Bréfritari: Stefanía Siggeirsdóttir
Viðtakandi: Páll Pálsson
Dagsetning: A-1864-09-28
Skrifað á: Hraungerði  Árn.
Stefanía var bróðurdóttir Páls Pálssonar

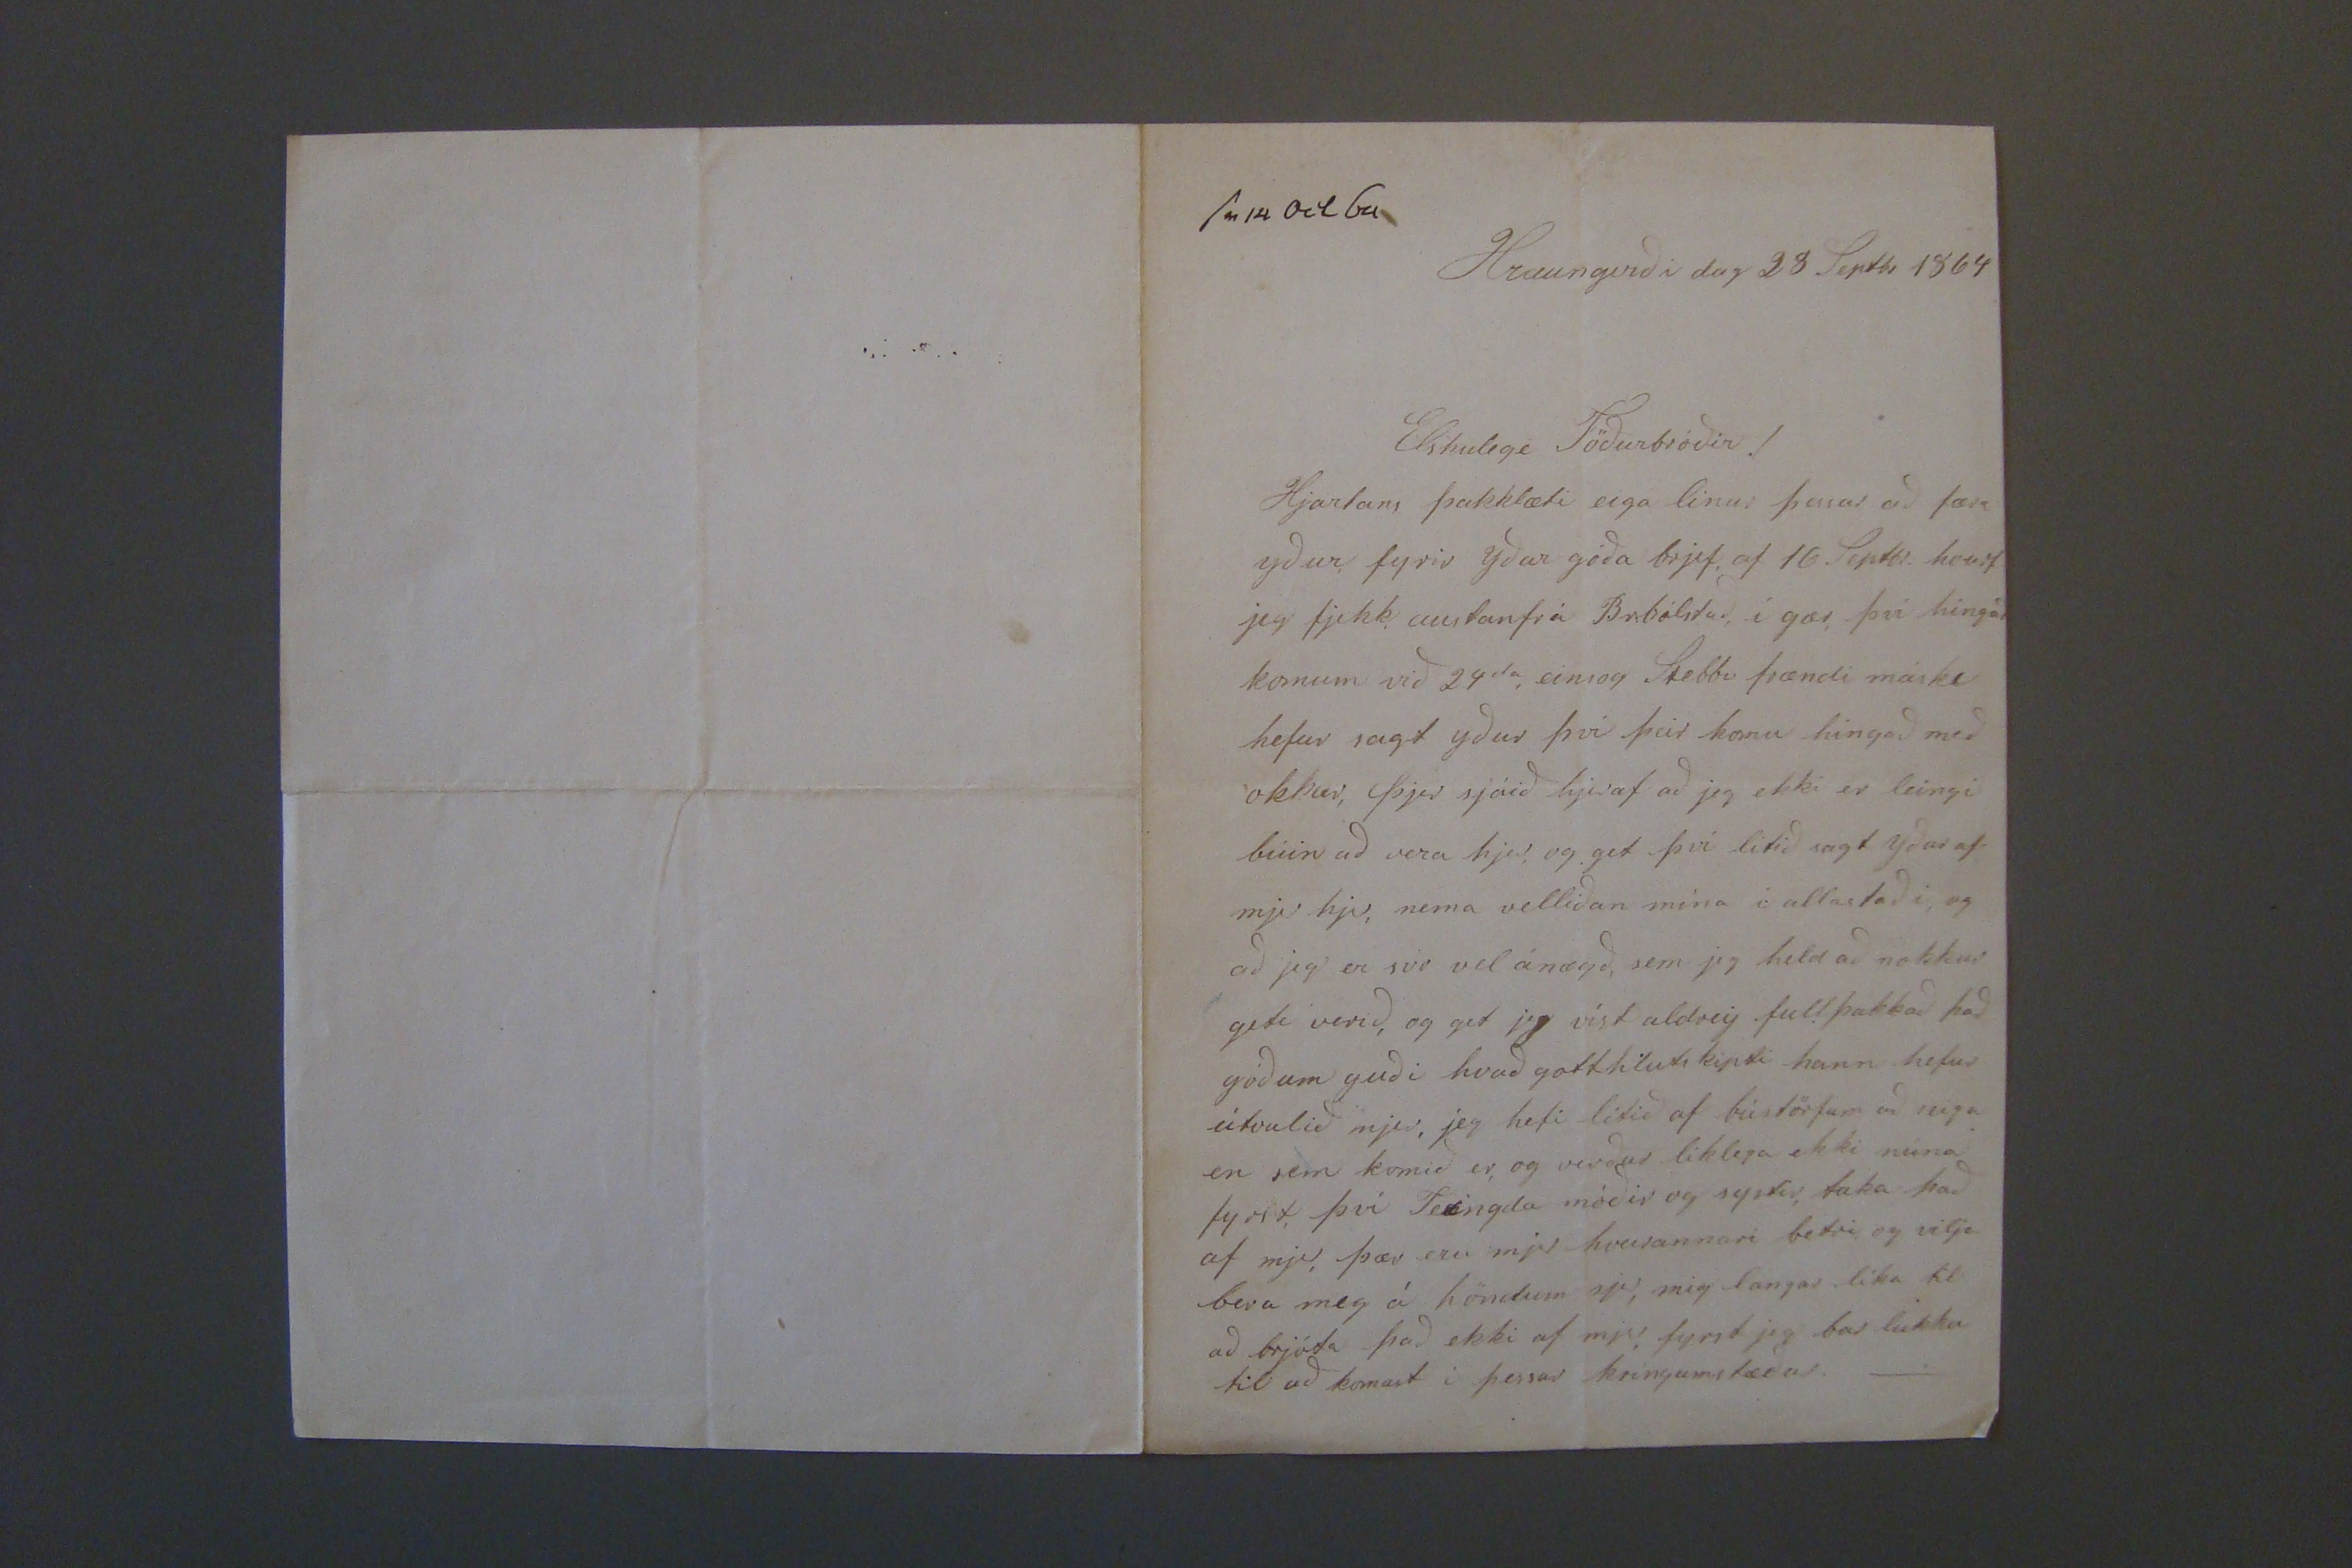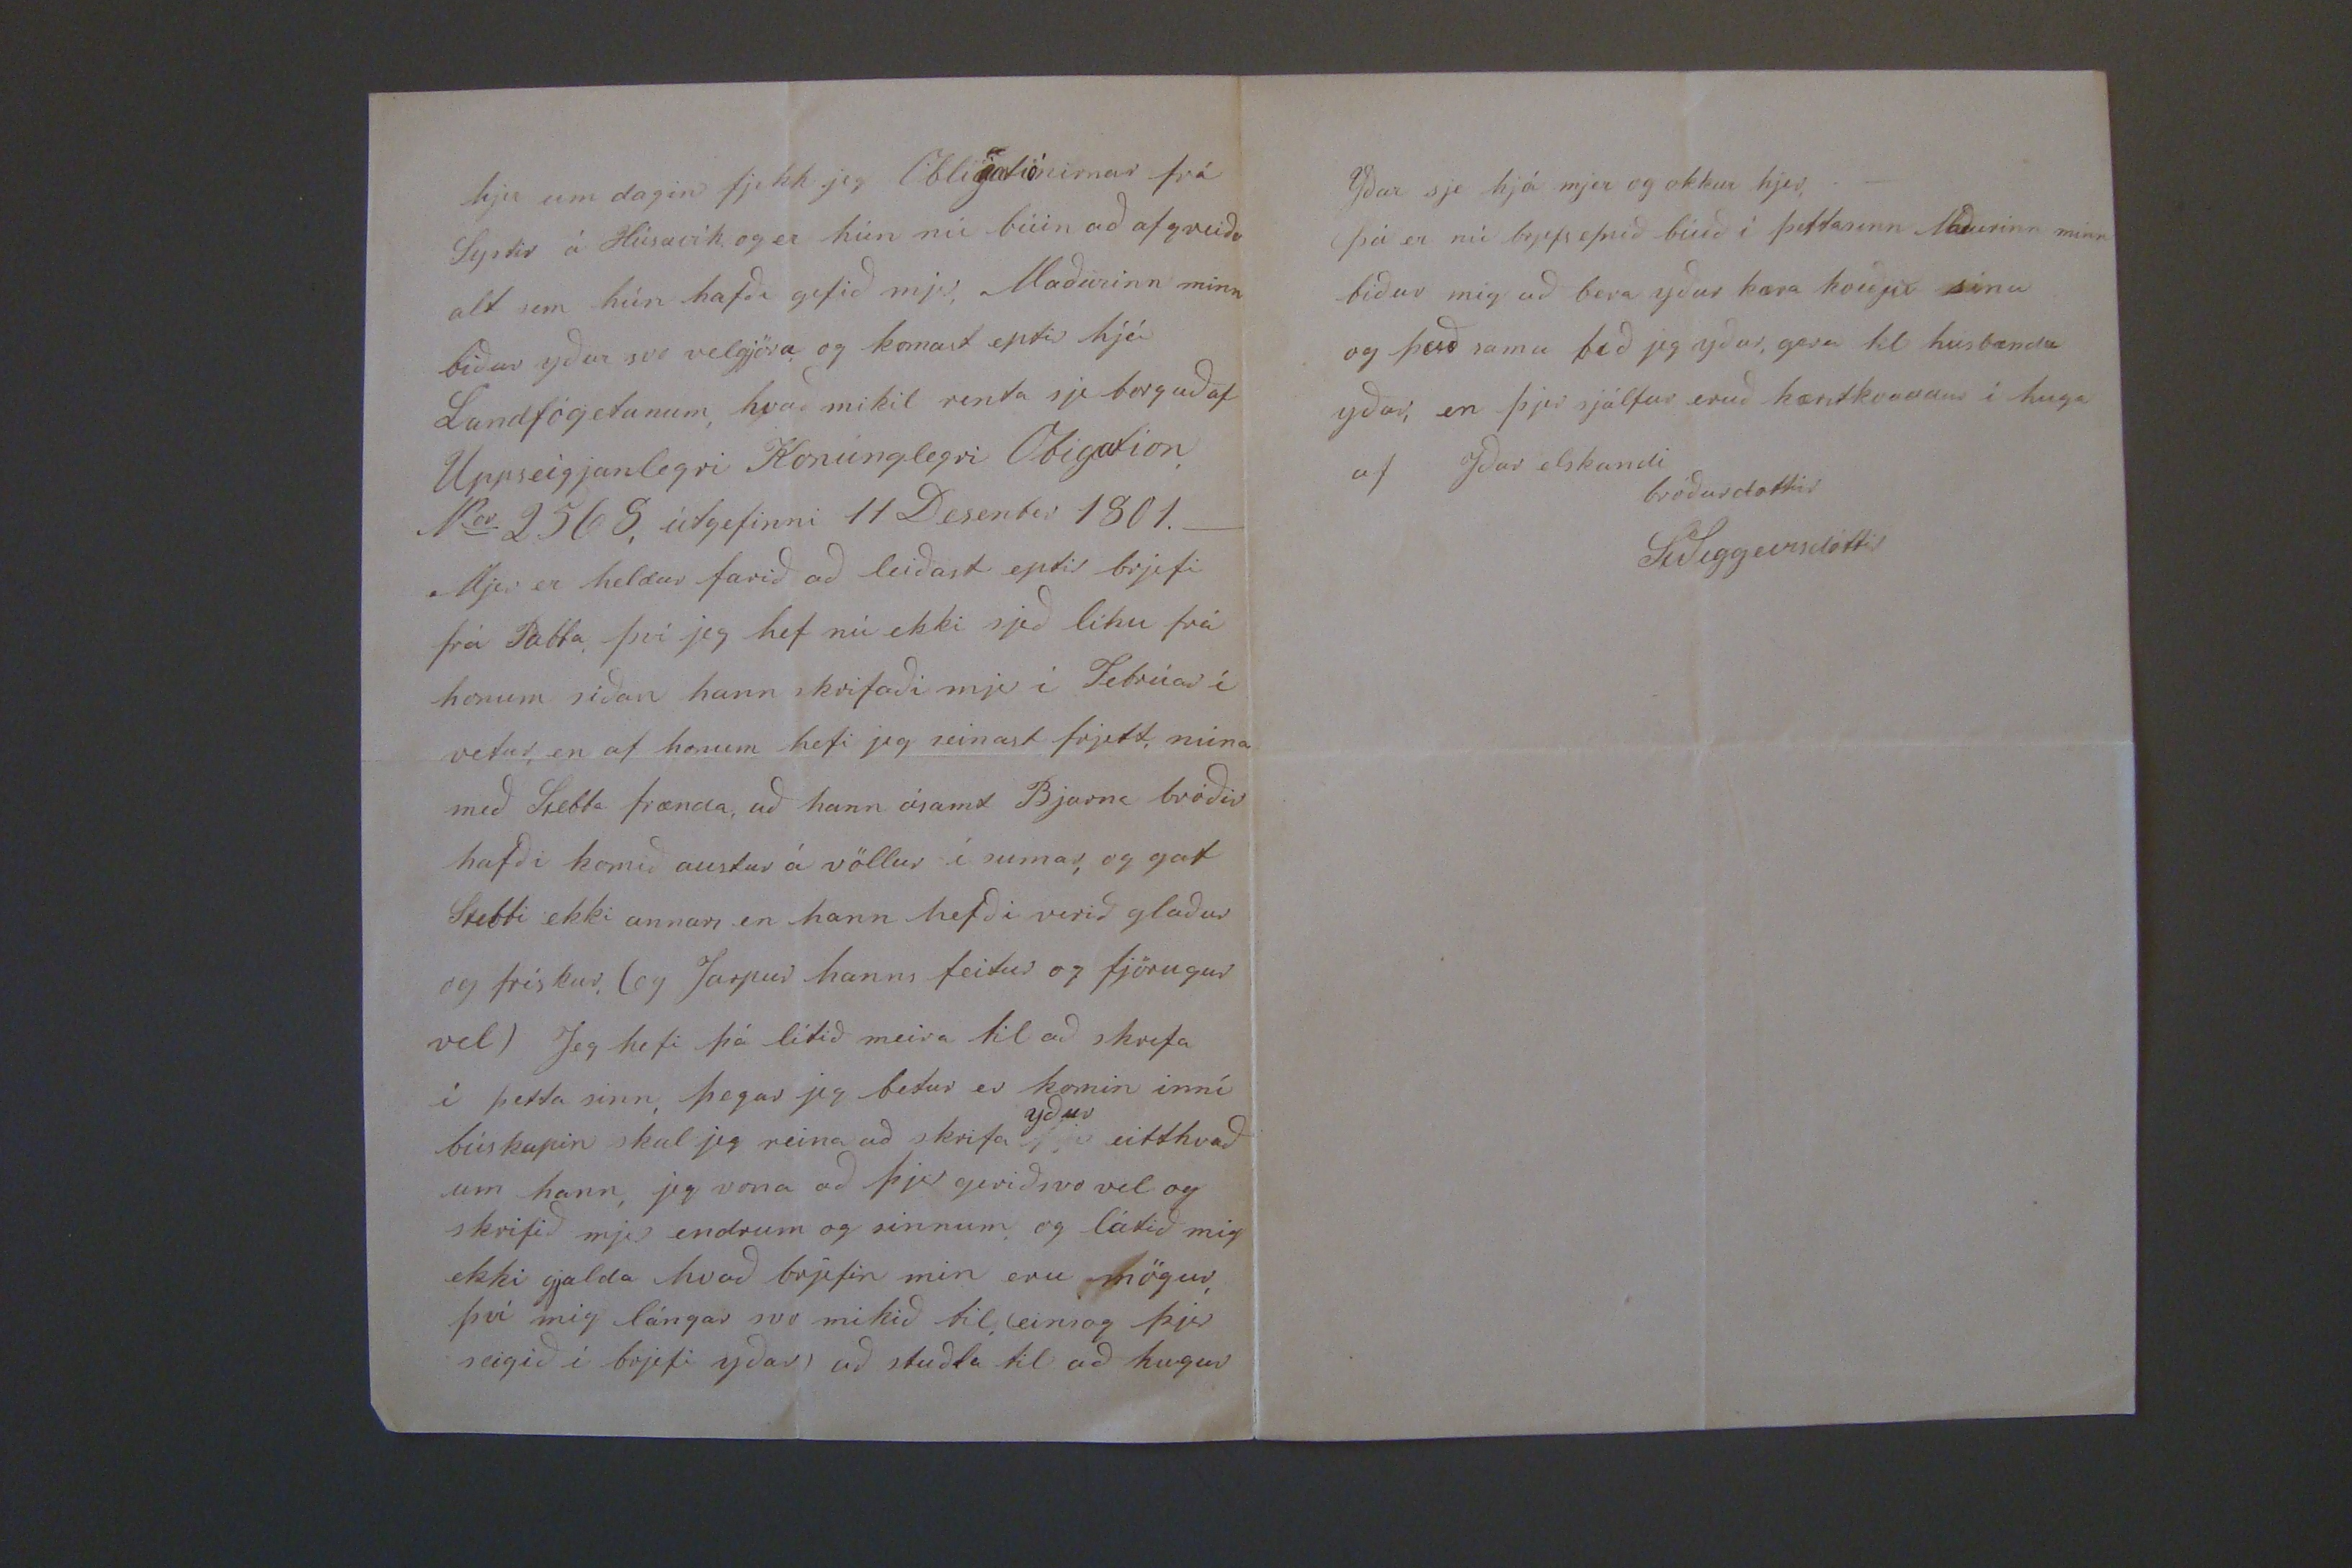

sv 14 Oct 64
Hraungerði dag 28 Septbr 1864
Elskulegi Föðurbróðir!
Hjartans þakklæti eiga linur þessar að færa yður fyrir yðar góða brjef, af 16 Septbr. hvurt jeg fjekk austan frá Br.bólstað í gær því hingað komum við 24
da
einsog Stebbi frændi máske hefur sagt yður því þeir komu híngað með okkur, þjer sjáið hjeraf að jeg ekki er leingi búin að vera hjer, og get því litið sagt yður af mjer hjer, nema velliðan mína i allastaði, og að jeg er svo vel ánægð, sem jeg held að nokkur geti verið og get jeg víst aldrey fullþakkað það góðum guði hvað gott hluti kipti hann hefur útvalið mjer, jeg hefi lítið af bústörfum að
eiga
en sem komið er, og verður liklega ekki núna fyrst, því Teingda móðir og systir taka það af mjer, þær eru mjer hvurannari betri og vilja bera mig á höndum sjer, mig langar líka til að brjóta það ekki af mjer, fyrst jeg bar lukku til að komast í þessar kringumstæður._
hjer um dagin fjekk jeg
Obligatiónirnar
frá systir á Húsavík og er hún nú búin að afgreiða alt sem hún hafði gefið mjer, Maðurinn minn biður yður svo velgjöra og komast eptir hjá Landfógetanum, hvað mikil renta sje borguð af Uppseigjanlegri Konúnglegri Obigation, Nov 2565, útgefinni 11 Desenber 1801._ Mjer er heldur farið að leiðast eptir brjefi frá Pabba því jeg hef nú ekki sjeð línu frá honum síðan hann skrifaði mjer í Febrúar í vetur, en af honum hefi jeg seinast frjett, núna með Stebba frænda, að hann ásamt Bjarna bróðir hafði komið austur á völlur í sumar, og gat Stebbi ekki annars en hann hefði verið glaður og frískur. ( og Jarpur hanns feitur og fjörugur vel) Jeg hefi þá lítið meira til að skrifa í þetta sinn, þegar jeg betur er komin inní búskapin skal jeg reina að skrifa
yður
eitthvað um hann, jeg vona að þjer gerið svo vel og skrifið mjer endrum og sinnum og látið mig ekki gjalda hvað brjefin min eru mögur því mig lángar svo mikið til (einsog þú seigið í brjefi yðar) að stuðla til að hugur
Yðar sje hjá mjer og okkur hjer._ Þá er nú brjefs efnið búið í þettasinn Maðurinn minn biður mig að bera yður kæra kveðju sina og það sama bið jeg yður, gera til húsbænda yðar, en þjer sjálfur eruð kær
t
kvaddur í huga af Yðar elskandi bróðurdottir
St Siggeirsdóttir